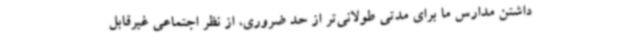
داشتن مدارس ما برای مدتی طولانی‌تر از حد ضروری، از نظر اجتماعی غیرقابل